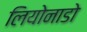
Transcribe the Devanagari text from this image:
लियोनाडो